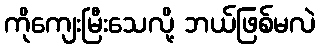
ကိုကျေးမြီးသေလို့ ဘယ်ဖြစ်မလဲ